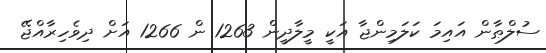
ސުލްޠާން އައިމަ ކަލަމިންޖާ އަކީ މީލާދީން 1263 ން 1266 އަށް ދިވެހިރާއްޖޭ